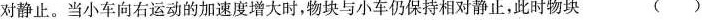
对静止。当小车向右运动的加速度增大时，物块与小车仍保持相对静止，此时物块 ( )